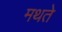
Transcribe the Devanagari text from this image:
मथते